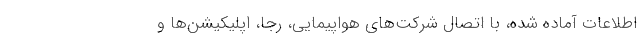
اطلاعات آماده شده، با اتصال شرکت‌های هواپیمایی، رجا، اپلیکیشن‌ها و